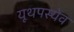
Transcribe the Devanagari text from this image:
यूथपस्येव